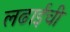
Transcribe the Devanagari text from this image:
लढाईंची